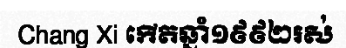
Chang Xi កើតឆ្នាំ១៩៩២រស់